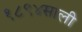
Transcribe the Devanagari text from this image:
१८९४साली